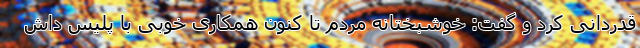
قدردانی کرد و گفت: خوشبختانه مردم تا کنون همکاری خوبی با پلیس داش